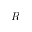
R